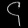
Digit: ၄